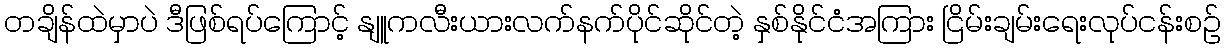
တချိန်ထဲမှာပဲ ဒီဖြစ်ရပ်ကြောင့် နျူကလီးယားလက်နက်ပိုင်ဆိုင်တဲ့ နှစ်နိုင်ငံအကြား ငြိမ်းချမ်းရေးလုပ်ငန်းစဉ်